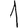
Digit: 1